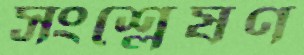
সংশ্লেষণ